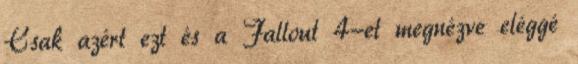
Csak azért ezt és a Fallout 4-et megnézve eléggé